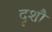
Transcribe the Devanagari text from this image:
दृशौ